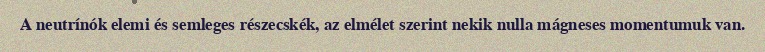
A neutrínók elemi és semleges részecskék, az elmélet szerint nekik nulla mágneses momentumuk van.